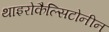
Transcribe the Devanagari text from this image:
थाइरोकैल्सिटोनीन